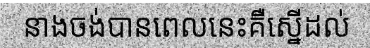
នាងចង់បានពេលនេះគឺស្នើដល់